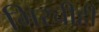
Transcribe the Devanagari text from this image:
मिरचीही